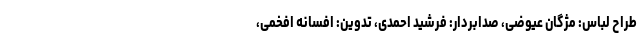
طراح لباس: مژگان عیوضی، صدابردار: فرشید احمدی، تدوین: افسانه افخمی،